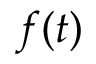
f ( t )